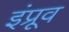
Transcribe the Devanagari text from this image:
इंप्रूव